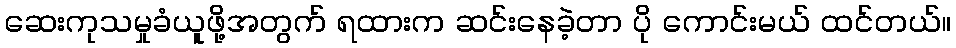
ဆေးကုသမှုခံယူဖို့အတွက် ရထားက ဆင်းနေခဲ့တာ ပို ကောင်းမယ် ထင်တယ်။